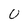
Character: 0